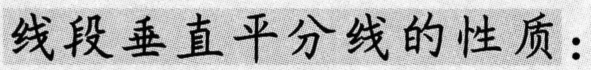
线段垂直平分线的性质：